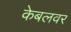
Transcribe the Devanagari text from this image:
केबलवर